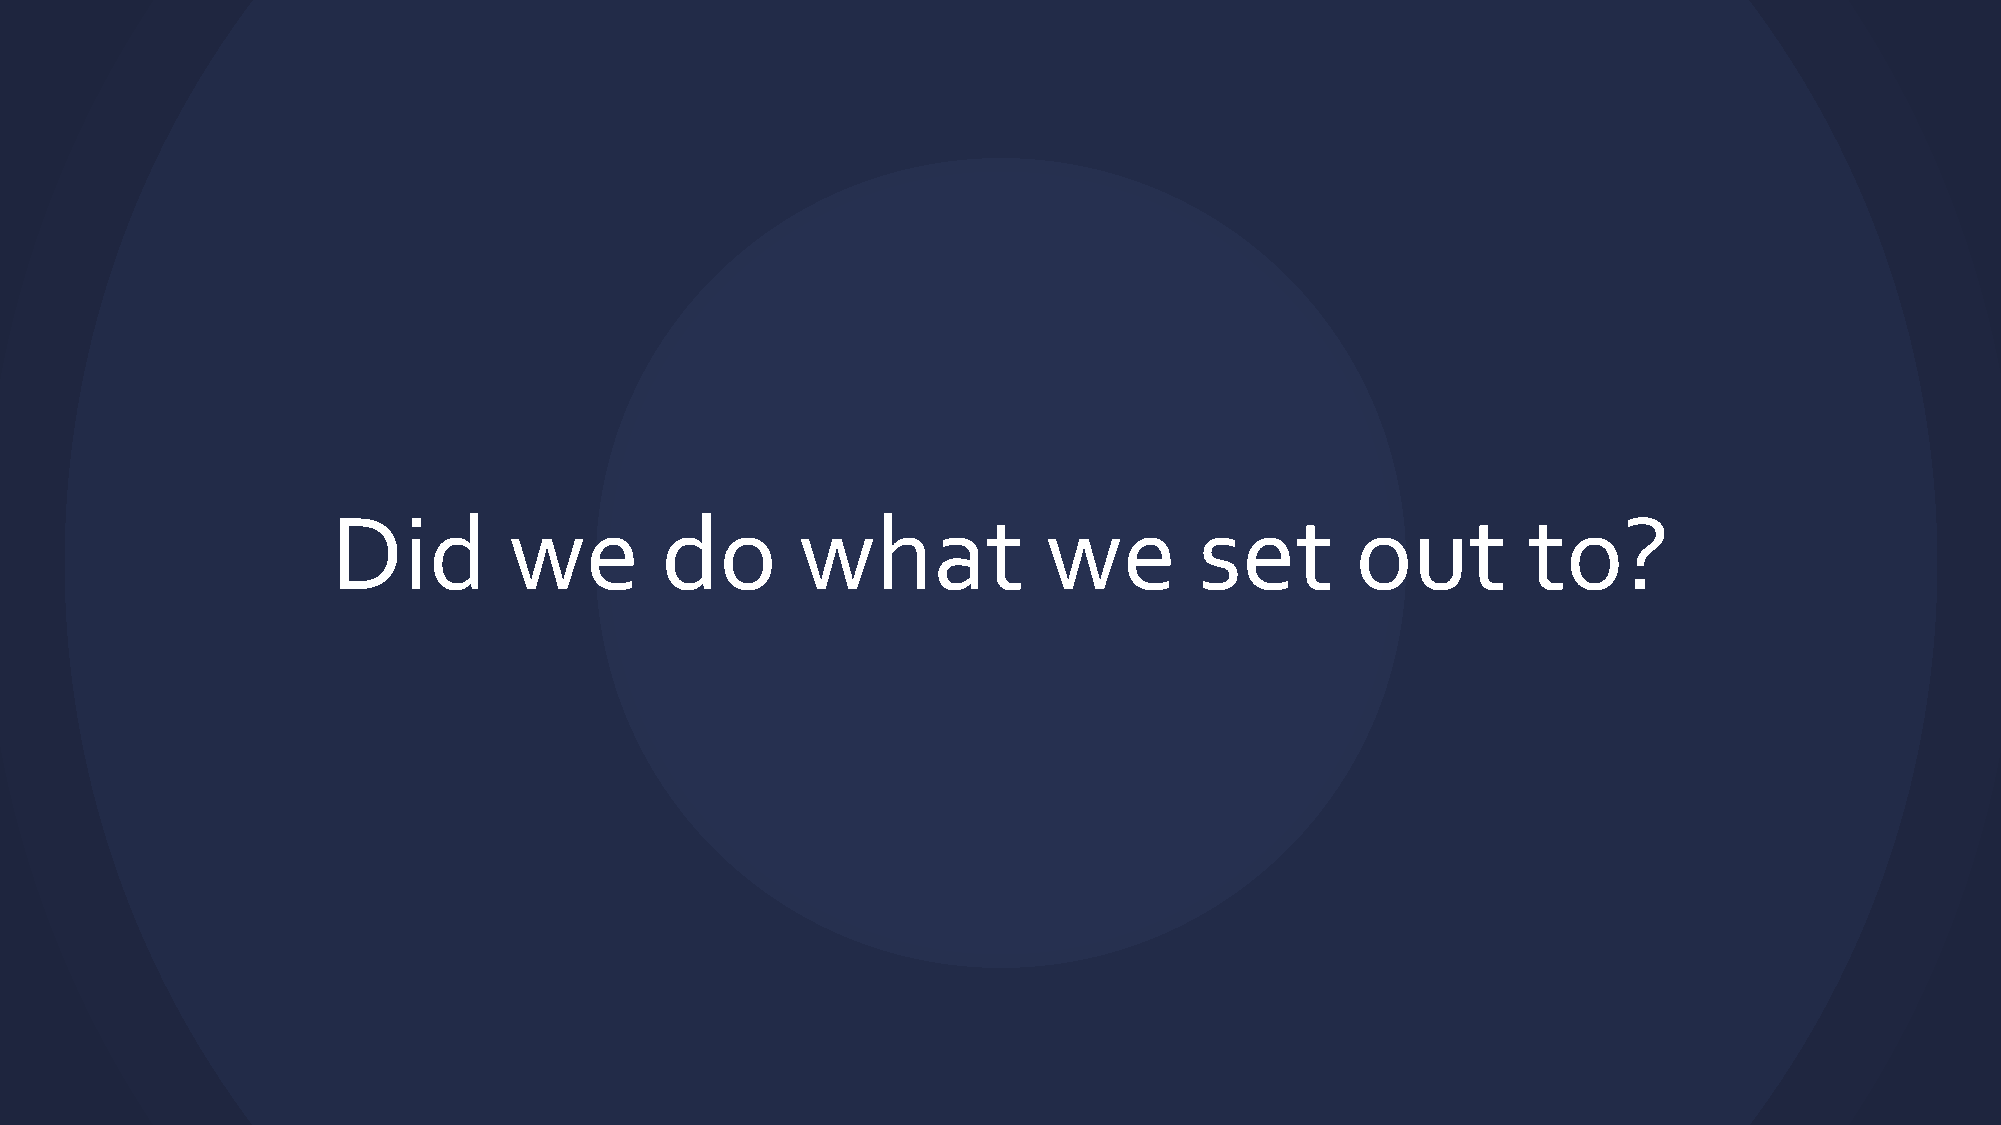
Did         we        do       what            we        set        out        to?